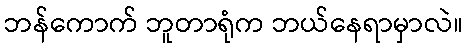
ဘန်ကောက် ဘူတာရုံက ဘယ်နေရာမှာလဲ။